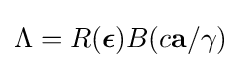
\Lambda =R({\boldsymbol {\epsilon }})B(c\mathbf {a} /\gamma )